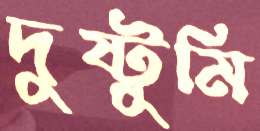
দুষ্টুমি